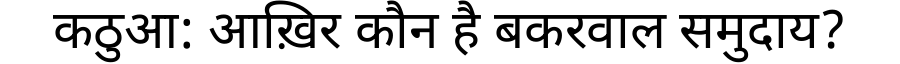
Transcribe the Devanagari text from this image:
कठुआ: आख़िर कौन है बकरवाल समुदाय?